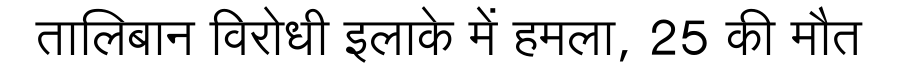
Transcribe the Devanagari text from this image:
तालिबान विरोधी इलाके में हमला, 25 की मौत